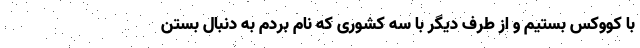
با کووکس بستیم و از طرف دیگر با سه کشوری که نام بردم به دنبال بستن